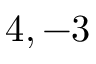
4 , - 3